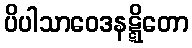
ပိပါသာဝေဒနဋ္ဋိတော